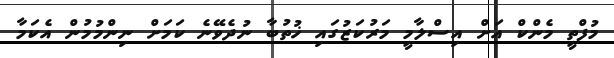
މުފްތީ މެންކް އަށް އިސްލާމީ މަރުކަޒުގައި ޚުތުބާ ނުދެވޭނެ ކަމަށް ނިންމުމުން އެކަމާ